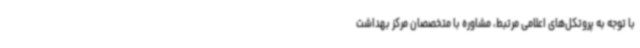
با توجه به پروتکل‌های اعلامی مرتبط، مشاوره با متخصصان مرکز بهداشت